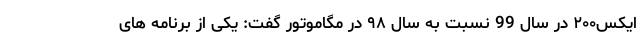
ایکس۲۰۰ در سال 99 نسبت به سال ۹۸ در مگاموتور گفت: یکی از برنامه های